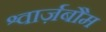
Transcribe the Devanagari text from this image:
श्वार्ज़बौम